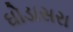
ઘોડાસરા